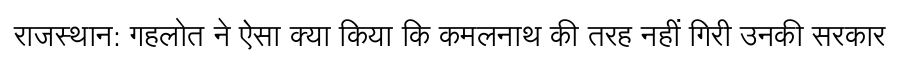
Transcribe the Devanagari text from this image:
राजस्थान: गहलोत ने ऐसा क्या किया कि कमलनाथ की तरह नहीं गिरी उनकी सरकार